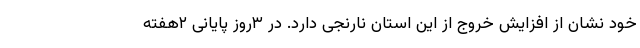
خود نشان از افزایش خروج از این استان نارنجی دارد. در ۳روز پایانی ۲هفته